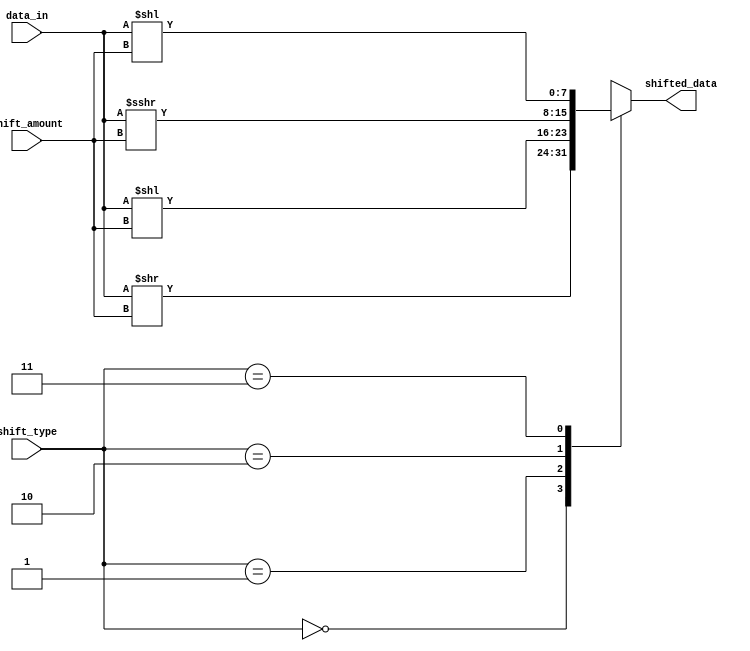
module barrel_shifter (
    input [7:0] data_in,
    input [1:0] shift_amount,
    input [1:0] shift_type,
    output reg [7:0] shifted_data
);

always @ (data_in, shift_amount, shift_type)
begin
    case (shift_type)
        2'b00: shifted_data = data_in >> shift_amount; //logical shift right
        2'b01: shifted_data = data_in << shift_amount; //logical shift left
        2'b10: shifted_data = $signed(data_in) >>> shift_amount; //arithmetic shift right
        2'b11: shifted_data = $signed(data_in) << shift_amount; //arithmetic shift left
    endcase
end

endmodule